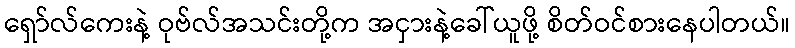
ရှော်လ်ကေးနဲ့ ဝုဗ်လ်အသင်းတို့က အငှားနဲ့ခေါ်ယူဖို့ စိတ်ဝင်စားနေပါတယ်။